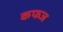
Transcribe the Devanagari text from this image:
कफज